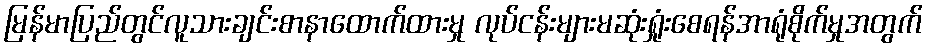
မြန်မာပြည်တွင်လူသားချင်းစာနာထောက်ထားမှု လုပ်ငန်းများမဆုံးရှုံးစေရန်အာရုံစိုက်မှုအတွက်